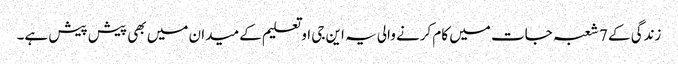
زندگی کے 7 شعبہ جات میں کام کرنے والی یہ این جی او تعلیم کے میدان میں بھی پیش پیش ہے۔